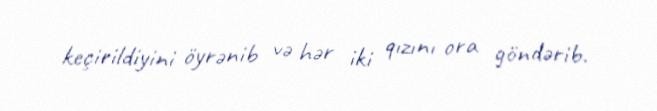
keçirildiyini öyrənib və hər iki qızını ora göndərib.